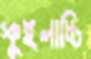
স্কুইলাচ্চি